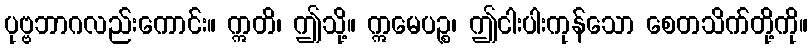
ပုဗ္ဗဘာဂလည်းကောင်း။ ဣတိ၊ ဤသို့။ ဣမေပဉ္စ၊ ဤငါးပါးကုန်သော စေတသိက်တို့ကို။